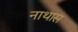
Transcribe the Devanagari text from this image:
नाथास